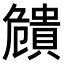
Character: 𧷪